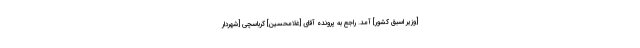
[وزیر اسبق کشور] آمد. راجع به پرونده آقاى [غلامحسین] كرباسچى [شهردار